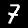
Digit: 7